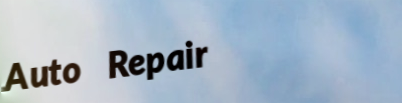
Auto Repair